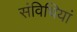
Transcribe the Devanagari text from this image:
संविधियां